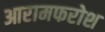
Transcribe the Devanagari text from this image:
आरामफरोश